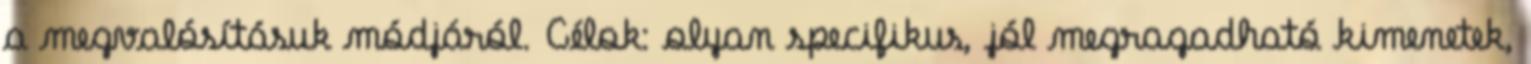
a megvalósításuk módjáról. Célok: olyan specifikus, jól megragadható kimenetek,